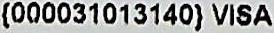
{000031013140} VISA